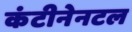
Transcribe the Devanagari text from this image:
कंटीनेनटल